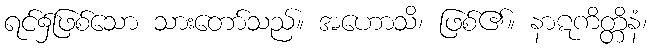
ရင်၌ဖြစ်သော သားတော်သည်။ အဟောသိ၊ ဖြစ်၏။ နာဋကိတ္တိနံ၊